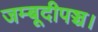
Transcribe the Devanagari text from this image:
जम्बूदीपञ्च।